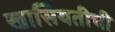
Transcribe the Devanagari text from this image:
खासियतीची